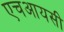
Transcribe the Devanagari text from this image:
एचआयसी